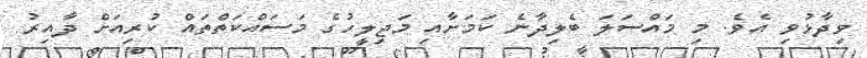
ވިދާޅުވި އެވެ. މި މައްސަލަ ބެލިދާނެ ކަމަށާއި މަޖިލީހުގެ މަސައްކަތްތައް ކުރިއަށް ދާއިރު